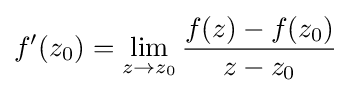
f'(z_{0})=\lim _{z\to z_{0}}{\frac {f(z)-f(z_{0})}{z-z_{0}}}